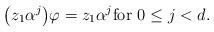
LaTeX: \begin{align*} \big( z_1 \alpha^j \big) \varphi = z_1 \alpha^j \text{for $0 \le j < d$.} \end{align*}